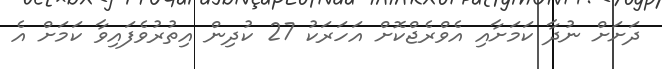
ދަށަށް ނުދާ ކަމަށާއި އެވްރެޖްކޮށް އަހަރަކު 27 ކުދިން އިތުރުވެފައިވާ ކަމަށް އެ